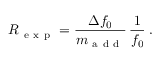
R _ { \mathrm { ~ e ~ x ~ p ~ } } = \frac { \Delta f _ { 0 } } { m _ { \mathrm { ~ a ~ d ~ d ~ } } } \, \frac { 1 } { f _ { 0 } } \; .